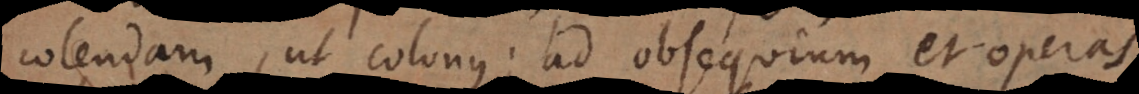
colendam, ut colonus; ad obsequium et operas,